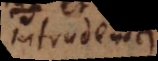
intrudenda